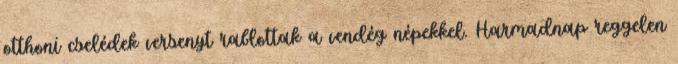
otthoni cselédek versenyt rablottak a vendég népekkel. Harmadnap reggelen